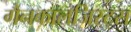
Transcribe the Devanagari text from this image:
गैनकालजिस्ट्स